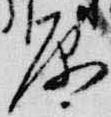
原